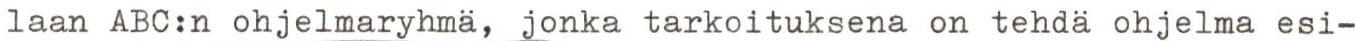
laan ABC:n ohjelmaryhmä, jonka tarkoituksena on tehdä ohjelma esi-